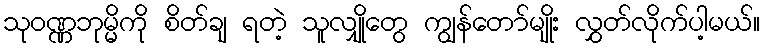
သုဝဏ္ဏဘုမ္မိကို စိတ်ချ ရတဲ့ သူလျှိုတွေ ကျွန်တော်မျိုး လွှတ်လိုက်ပါ့မယ်။